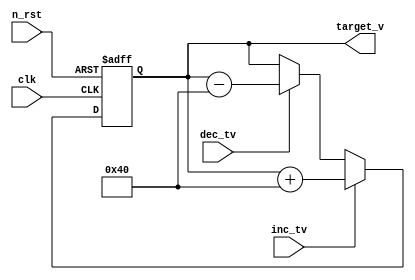
///////////////////////////////////////////////////////////////////////////////////////////////////
// Company: <Name>
//
// File history:
//      <Revision number>: <Date>: <Comments>
//      <Revision number>: <Date>: <Comments>
//      <Revision number>: <Date>: <Comments>
//
// Description: 
//
// <Description here>
//
// Targeted device: <Family::ProASIC3E> <Die::A3PE1500> <Package::208 PQFP>
//
/////////////////////////////////////////////////////////////////////////////////////////////////// 

//`timescale <time_units> / <precision>
module voltage_gen #(
    parameter ADC_WIDTH = 12
)(
    input clk, n_rst,
    input inc_tv, dec_tv,
    output reg [ADC_WIDTH-1:0] target_v
);

always @ (posedge clk, negedge n_rst) begin
    if (n_rst == 0) begin
        target_v <= 12'd2048;
    end else if (inc_tv == 1) begin
        target_v <= target_v + 12'd64;
    end else if (dec_tv == 1) begin
        target_v <= target_v - 12'd64;
    end
end

endmodule